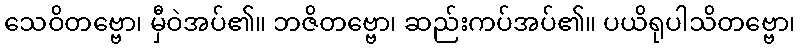
သေဝိတဗ္ဗော၊ မှီဝဲအပ်၏။ ဘဇိတဗ္ဗော၊ ဆည်းကပ်အပ်၏။ ပယိရုပါသိတဗ္ဗော၊